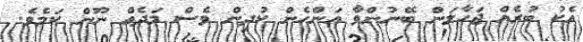
އެކު ބުރެއް ޖަހާލަން ބޭނުންވާ އަންހެން ކުދިން ވެސް މަދެއް ނޫން ކަމެވެ.